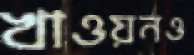
খাওয়নও